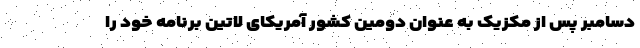
دسامبر پس از مکزیک به عنوان دومین کشور آمریکای لاتین برنامه خود را